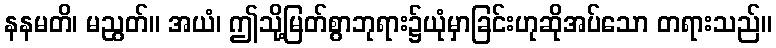
နနမတိ၊ မညွတ်။ အယံ၊ ဤသို့မြတ်စွာဘုရား၌ယုံမှာခြင်းဟုဆိုအပ်သော တရားသည်။